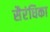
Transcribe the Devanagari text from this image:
सैरंधिका